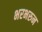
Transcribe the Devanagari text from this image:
भरभरुन